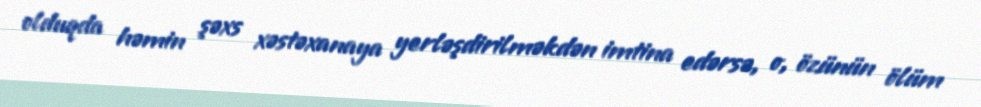
olduqda həmin şəxs xəstəxanaya yerləşdirilməkdən imtina edərsə, o, özünün ölüm